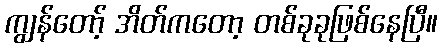
ကျွန်တော့် အိတ်ကတော့ တစ်ခုခုဖြစ်နေပြီ။